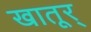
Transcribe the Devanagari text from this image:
खातूर्